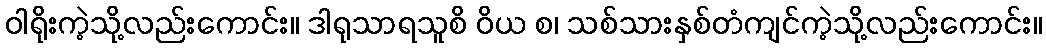
ဝါရိုးကဲ့သို့လည်းကောင်း။ ဒါရုသာရသူစိ ဝိယ စ၊ သစ်သားနှစ်တံကျင်ကဲ့သို့လည်းကောင်း။